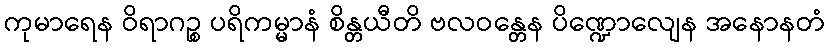
ကုမာရေန ဝိရာဂဉ္စ ပရိကမ္မာနံ စိန္တယီတိ ဗလဝန္တေန ပိဏ္ဍောလျေန အနောနတံ